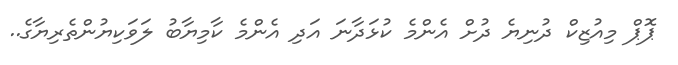
ޕޮޕް މިއުޒިކް ދުނިޔެ ދުށް އެންމެ ކުޅަދާނަ އަދި އެންމެ ކާމިޔާބު ލަވަކިޔުންތެރިޔާގެ..